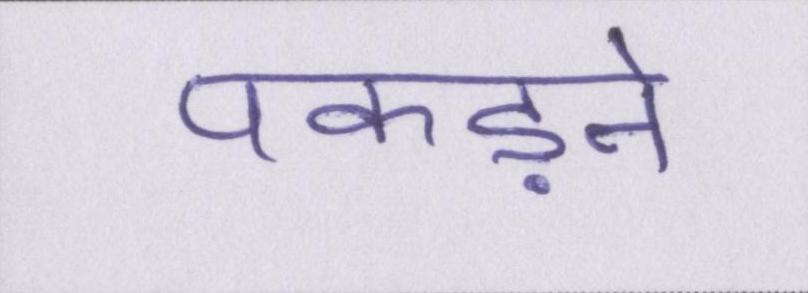
पकड़ने